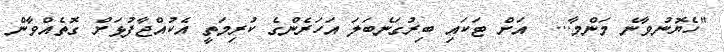
"ހެޔޮނުވާނެ މަންމާ...  އަށް ޓަކައި ބިރުގަނެބަލަ އަހަރެންގެ ކުރިމަތީ އެކުއްޖާފުޅަށް ގޮތެއްވާން